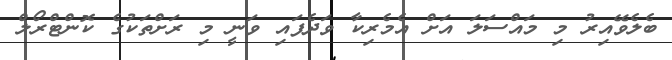
ބެލެވޭއިރު މި މައްސަލަ އަށް އެމެރިކާ ވަދެފައި ވަނީ މި ރަށްތަކުގެ ކޮންޓްރޯލް